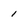
Character: 1